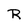
Character: R